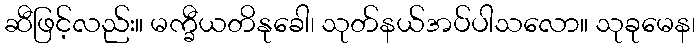
ဆီဖြင့်လည်း။ မက္ခီယတိနုခေါ၊ သုတ်နယ်အပ်ပါသလော။ သုခုမေန၊